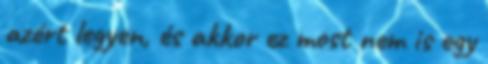
azért legyen, és akkor ez most nem is egy